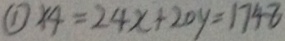
\textcircled { 1 } \times 4 = 2 4 x + 2 0 y = 1 7 4 8